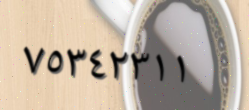
٧٥٣٤٢٣١١